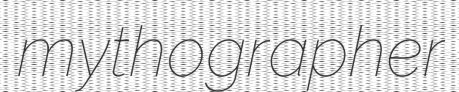
mythographer